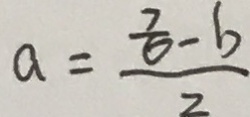
a = \frac { \frac { 7 } { 6 } - b } { 2 }